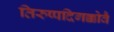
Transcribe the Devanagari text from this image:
तिरुप्पदिगक्कोवै